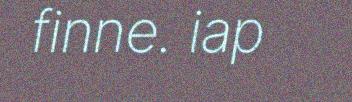
finne. iap